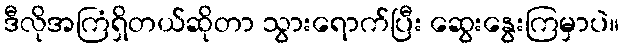
ဒီလိုအကြံရှိတယ်ဆိုတာ သွားရောက်ပြီး ဆွေးနွေးကြမှာပဲ။